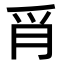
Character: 𦙔